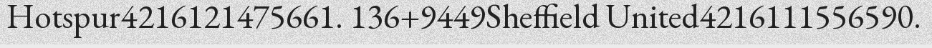
Hotspur4216121475661. 136+9449Sheffield United4216111556590.